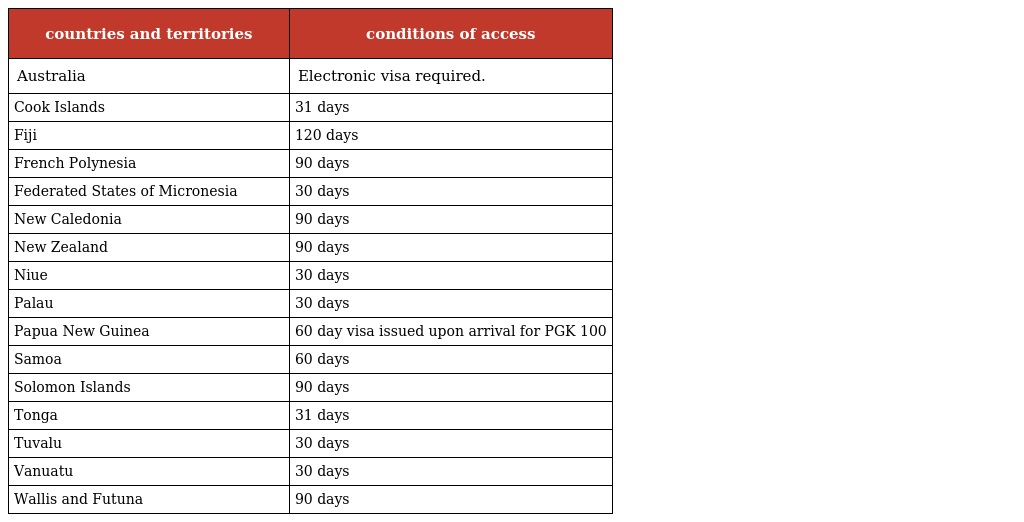
| countries and territories | conditions of access |
 | --- | --- |
 | Australia | Electronic visa required. |
 | Cook Islands | 31 days |
 | Fiji | 120 days |
 | French Polynesia | 90 days |
 | Federated States of Micronesia | 30 days |
 | New Caledonia | 90 days |
 | New Zealand | 90 days |
 | Niue | 30 days |
 | Palau | 30 days |
 | Papua New Guinea | 60 day visa issued upon arrival for PGK 100 |
 | Samoa | 60 days |
 | Solomon Islands | 90 days |
 | Tonga | 31 days |
 | Tuvalu | 30 days |
 | Vanuatu | 30 days |
 | Wallis and Futuna | 90 days |